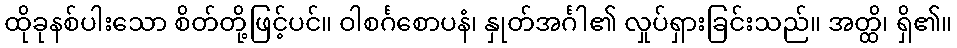
ထိုခုနစ်ပါးသော စိတ်တို့ဖြင့်ပင်။ ဝါစင်္ဂစောပနံ၊ နှုတ်အင်္ဂါ၏ လှုပ်ရှားခြင်းသည်။ အတ္ထိ၊ ရှိ၏။